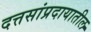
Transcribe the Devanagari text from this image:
दत्तसांप्रदायातील